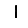
Digit: 1